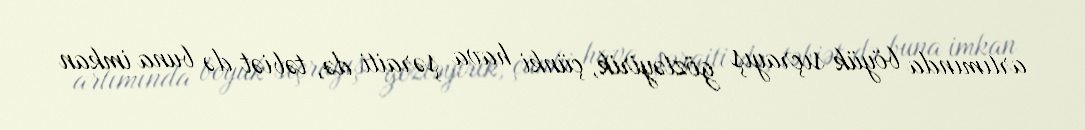
artımında böyük sıçrayış gözləyirik, çünki hava şəraiti də, təbiət də buna imkan